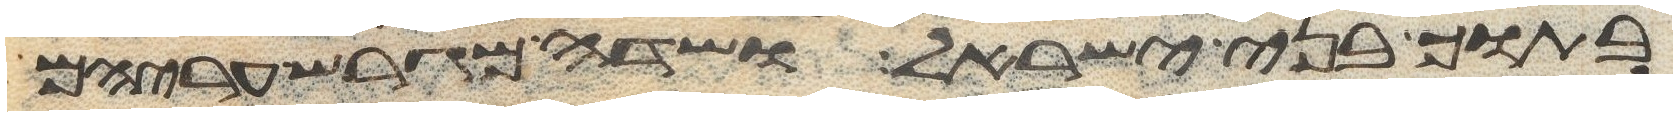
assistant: בתוך בני ישראל ושדה מגרש עריהם